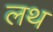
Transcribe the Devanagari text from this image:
लथ